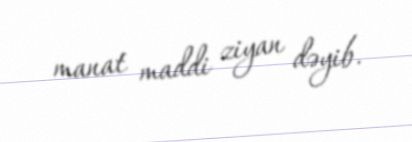
manat maddi ziyan dəyib.